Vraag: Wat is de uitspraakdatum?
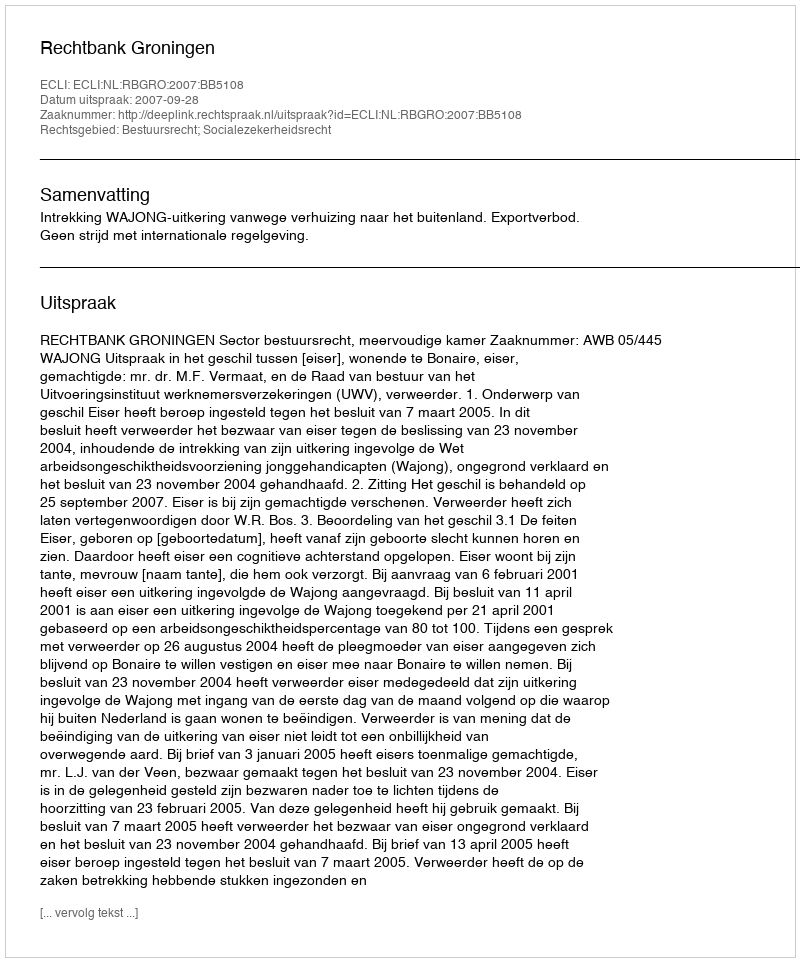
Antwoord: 2007-09-28